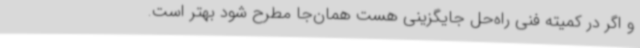
و اگر در کمیته فنی راه‌حل جایگزینی هست همان‌جا مطرح شود بهتر است.